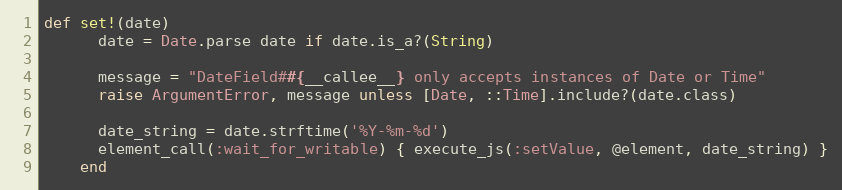
Language: Ruby
def set!(date)
      date = Date.parse date if date.is_a?(String)

      message = "DateField##{__callee__} only accepts instances of Date or Time"
      raise ArgumentError, message unless [Date, ::Time].include?(date.class)

      date_string = date.strftime('%Y-%m-%d')
      element_call(:wait_for_writable) { execute_js(:setValue, @element, date_string) }
    end